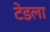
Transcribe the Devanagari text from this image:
टेडला